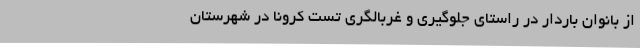
از بانوان باردار در راستای جلوگیری و غربالگری تست کرونا در شهرستان